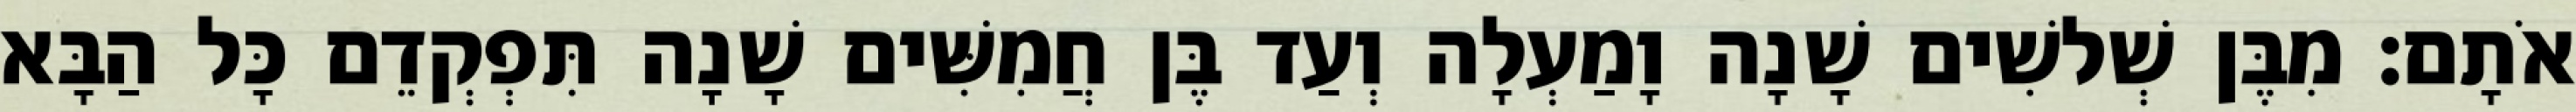
אֹתָם׃ מִבֶּן שְׁלשִׁים שָׁנָה וָמַעְלָה וְעַד בֶּן חֲמִשִּׁים שָׁנָה תִּפְקְדֵם כָּל הַבָּא